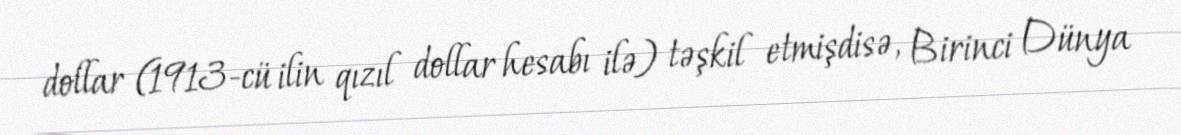
dollar (1913-cü ilin qızıl dollar hesabı ilə) təşkil etmişdisə, Birinci Dünya